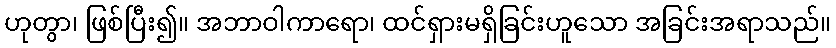
ဟုတွာ၊ ဖြစ်ပြီး၍။ အဘာဝါကာရော၊ ထင်ရှားမရှိခြင်းဟူသော အခြင်းအရာသည်။